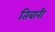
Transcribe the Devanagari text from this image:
तिबारी